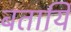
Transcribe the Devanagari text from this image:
बतायि